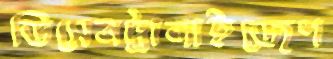
ডিসেনট্রালাইজেশ